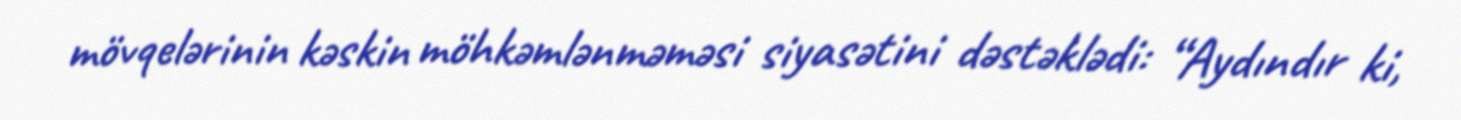
mövqelərinin kəskin möhkəmlənməməsi siyasətini dəstəklədi: “Aydındır ki,